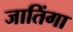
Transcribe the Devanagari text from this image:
जातिंगा